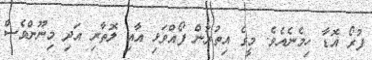
ފުރޯ އޮޑާ ހިމެނެއެވެ. މީގެ އިތުރުން ފޯއްވަޅި އާއި ލޮތާރި އަދި މިނޫންވެސް